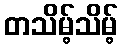
တသိမ့်သိမ့်